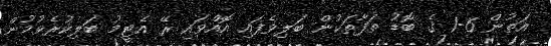
އަތުން 6-1 ގެ ބޮޑު ތަފާތަކުން ބަލިވެފައި އޮއްވައި ރޭ އެޓީމު ބަލިކުރެވުމުން